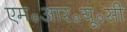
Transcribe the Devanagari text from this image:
एम॰आर॰यू॰सी